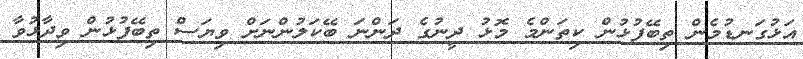
އަޅުގަނޑުމެން ތިބޭފުޅުން ކިތަންމެ މޮޅު ދީނުގެ ދަންނަ ބޭކަލުންނަށް ވިޔަސް ތިބޭފުޅުން ވިދާޅުވާ